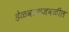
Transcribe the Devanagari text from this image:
हेळवाकजवळील